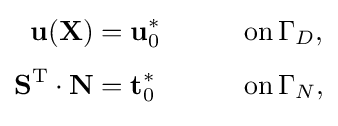
{\begin{aligned}{\bf {u}}({\bf {{X})}}&={\bf {u}}_{0}^{*}&&\qquad {\rm {on}}\,\Gamma _{D},\\[3pt]{\bf {S}}^{\rm {T}}\cdot {\bf {N}}&={\bf {t}}_{0}^{*}&&\qquad {\rm {on}}\,\Gamma _{N},\\[3pt]\end{aligned}}